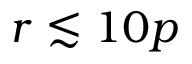
r \lesssim 1 0 p